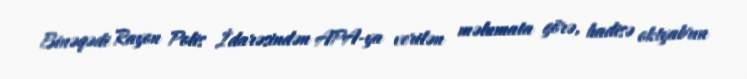
Binəqədi Rayon Polis İdarəsindən APA-ya verilən məlumata görə, hadisə oktyabrın